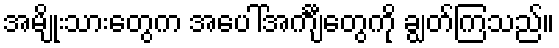
အမျိုးသားတွေက အပေါ်အင်္ကျီတွေကို ချွတ်ကြသည်။